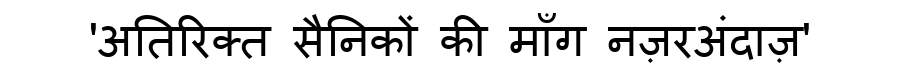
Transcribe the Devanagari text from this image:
'अतिरिक्त सैनिकों की माँग नज़रअंदाज़'